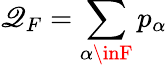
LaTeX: \mathscr{Q}_{F}=\sum_{\alpha\inF}p_{\alpha}